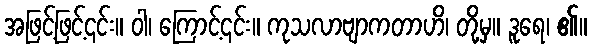
အဖြင့်ဖြင့်၎င်း။ ဝါ၊ ကြောင့်၎င်း။ ကုသလာဗျာကတာဟိ၊ တို့မှ။ ဒူရေ၊ ၏။